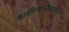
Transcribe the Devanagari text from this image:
काशीनागरीप्रचारिणी